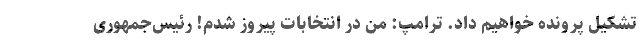
تشکیل پرونده خواهیم داد. ترامپ: من در انتخابات پیروز شدم! رئیس‌جمهوری